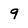
Character: 9